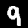
Digit: 9